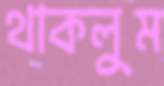
থাকলুম